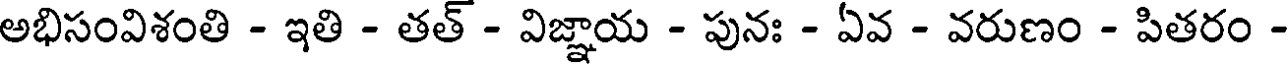
అభిసంవిశంతి - ఇతి - తత్ - విజ్ఞాయ - పునః - ఏవ - వరుణం - పితరం -